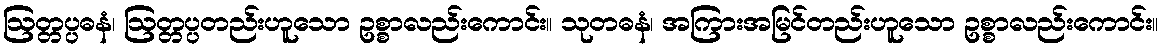
ဩတ္တပ္ပဓနံ၊ ဩတ္တပ္ပတည်းဟူသော ဥစ္စာလည်းကောင်း။ သုတဓနံ၊ အကြားအမြင်တည်းဟူသော ဥစ္စာလည်းကောင်း။